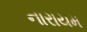
નારાયમ